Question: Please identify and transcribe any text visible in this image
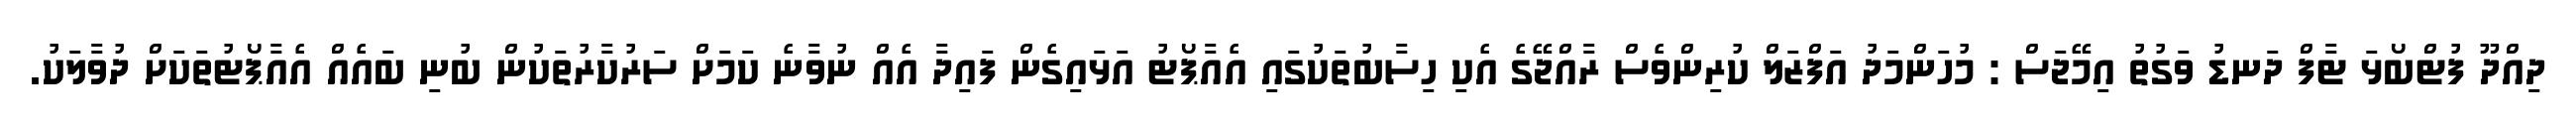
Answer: ދިއްދޫ ފުޓްބޯޅަ ޓާފް ދަނޑު ވަގުތު އިމޭޖަސް : މުހަންމަދު އަފްޒަލް ކުރިންވެސް ރާއްޖޭގެ އެކި ހިސާބުތަކުގައި އެއާޕޯޓު އަޅައިގެން ފައިދާ އެއް ނުވާނެ ކަމަށް ސަރުކާރުތަކުން ބުނި ބައެއް އެއާޕޯޓުތަކަށް ދުވާލަކު.